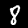
Label: 8